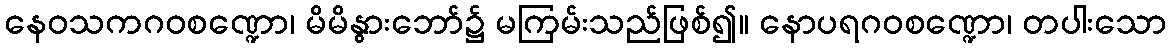
နေဝသကဂဝစဏ္ဍော၊ မိမိနွားဘော်၌ မကြမ်းသည်ဖြစ်၍။ နောပရဂဝစဏ္ဍော၊ တပါးသော